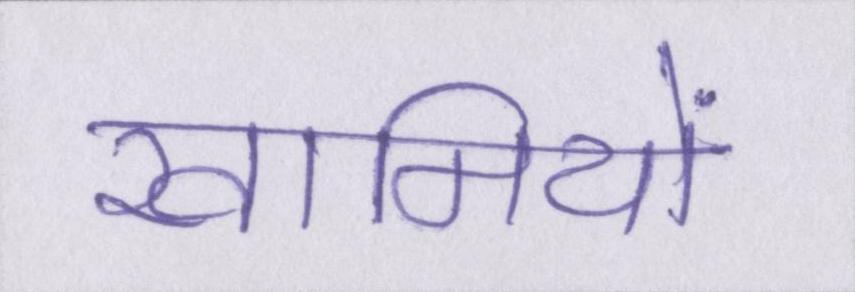
खामियों